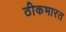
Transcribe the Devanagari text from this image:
ठीकभारत